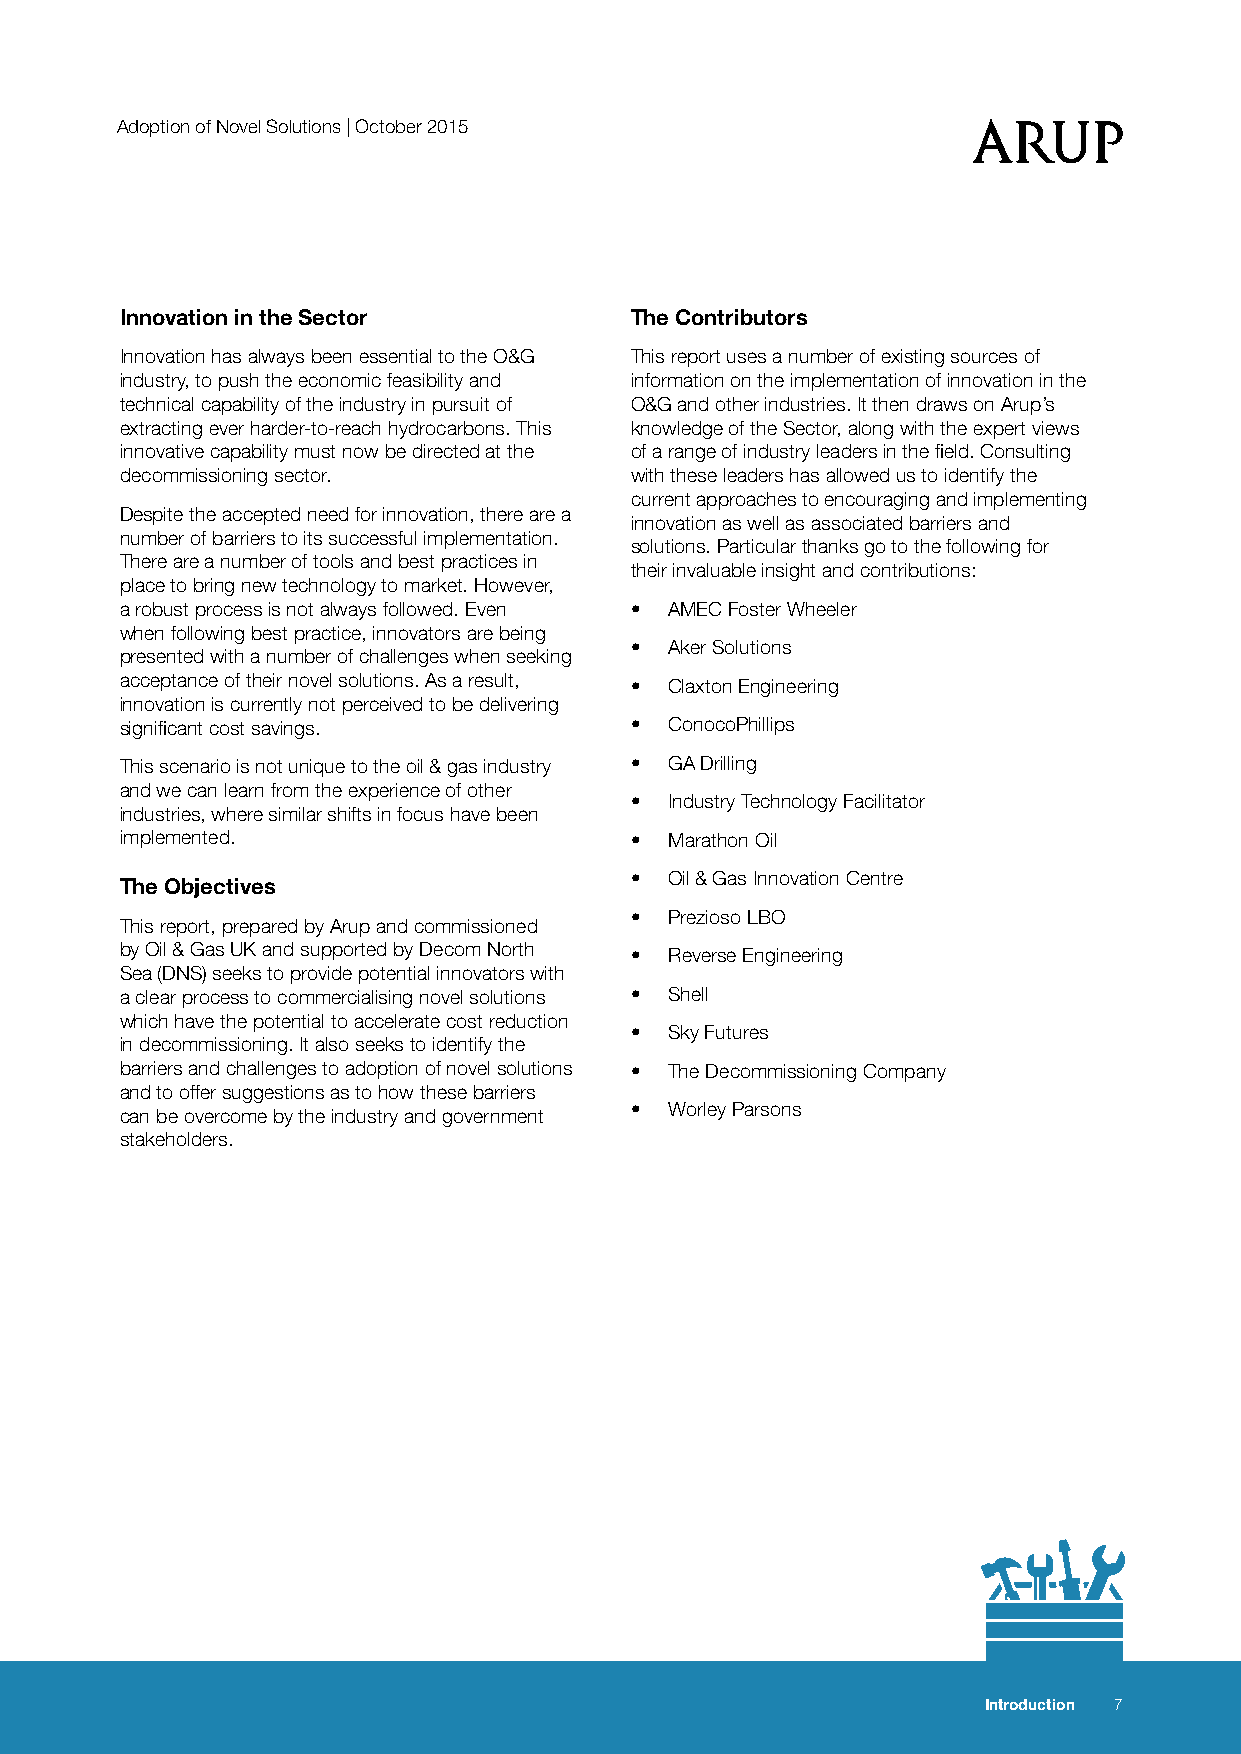
Adoption of Novel Solutions | October 2015
 Innovation in the Sector          The Contributors
 Innovation has always been essential to the O&G This report uses a number of existing sources of
 industry, to push the economic feasibility and information on the implementation of innovation in the
 technical capability of the industry in pursuit of O&G and other industries. It then draws on Arup’s
 extracting ever harder-to-reach hydrocarbons. This knowledge of the Sector, along with the expert views
 innovative capability must now be directed at the of a range of industry leaders in the field. Consulting
 decommissioning sector.           with these leaders has allowed us to identify the
 current approaches to encouraging and implementing
 Despite the accepted need for innovation, there are a
 innovation as well as associated barriers and
 number of barriers to its successful implementation.
 solutions. Particular thanks go to the following for
 There are a number of tools and best practices in
 their invaluable insight and contributions:
 place to bring new technology to market. However,
 a robust process is not always followed. Even • AMEC Foster Wheeler
 when following best practice, innovators are being
 • Aker Solutions
 presented with a number of challenges when seeking
 acceptance of their novel solutions. As a result, • Claxton Engineering
 innovation is currently not perceived to be delivering
 significant cost savings.         • ConocoPhillips
 This scenario is not unique to the oil & gas industry • GA Drilling
 and we can learn from the experience of other
 • Industry Technology Facilitator
 industries, where similar shifts in focus have been
 implemented.                      • Marathon Oil
 • Oil & Gas Innovation Centre
 The Objectives
 • Prezioso LBO
 This report, prepared by Arup and commissioned
 by Oil & Gas UK and supported by Decom North • Reverse Engineering
 Sea (DNS) seeks to provide potential innovators with
 a clear process to commercialising novel solutions • Shell
 which have the potential to accelerate cost reduction
 • Sky Futures
 in decommissioning. It also seeks to identify the
 barriers and challenges to adoption of novel solutions • The Decommissioning Company
 and to offer suggestions as to how these barriers
 can be overcome by the industry and government • Worley Parsons
 stakeholders.
 Introduction 7